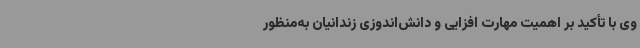
وی با تأکید بر اهمیت مهارت افزایی و دانش‌اندوزی زندانیان به‌منظور